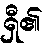
ရှီ၏